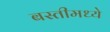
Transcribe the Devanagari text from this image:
बस्तीमध्ये